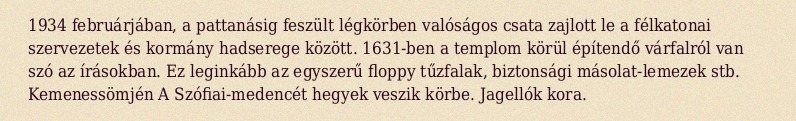
1934 februárjában, a pattanásig feszült légkörben valóságos csata zajlott le a félkatonai szervezetek és kormány hadserege között. 1631-ben a templom körül építendő várfalról van szó az írásokban. Ez leginkább az egyszerű floppy tűzfalak, biztonsági másolat-lemezek stb. Kemenessömjén A Szófiai-medencét hegyek veszik körbe. Jagellók kora.